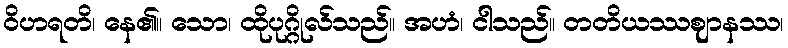
ဝိဟရတိ၊ နေ၏။ သော၊ ထိုပုဂ္ဂိုလ်သည်။ အဟံ၊ ငါသည်။ တတိယဿဈာနဿ၊